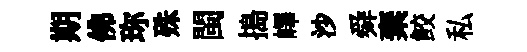
期佛珎殊閩搗嶧沙舜棄鲛私